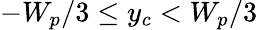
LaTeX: -W_{p}/3\le y_{c}<W_{p}/3